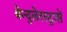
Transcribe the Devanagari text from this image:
बेन्द्लेरस्ट्रासे